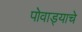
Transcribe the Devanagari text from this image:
पोवाड्याचे